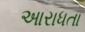
આરાધતા